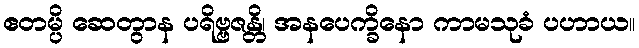
ဧတမ္ပိ ဆေတွာန ပရိဗ္ဗဇန္တိ၊ အနပေက္ခိနော ကာမသုခံ ပဟာယ။